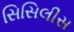
સિસિલીસ